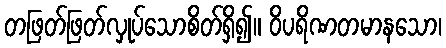
တဖြတ်ဖြတ်လှုပ်သောစိတ်ရှိ၍။ ဝိပရိဏတမာနသော၊